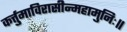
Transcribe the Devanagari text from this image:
कर्त्तुमाविरासीन्महामुनिः॥